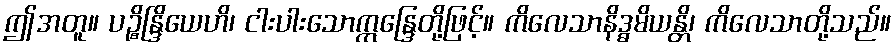
ဤအတူ။ ပဉ္စိန္ဒြိယေဟိ၊ ငါးပါးသောဣန္ဒြေတို့ဖြင့်။ ကိလေသာနိဒ္ဓမိယန္တိ၊ ကိလေသာတို့သည်။